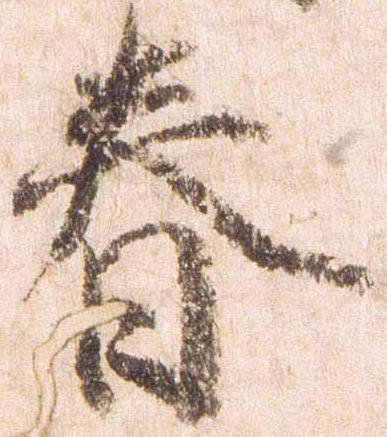
春